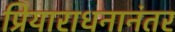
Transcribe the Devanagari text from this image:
प्रियाराधनानंतर